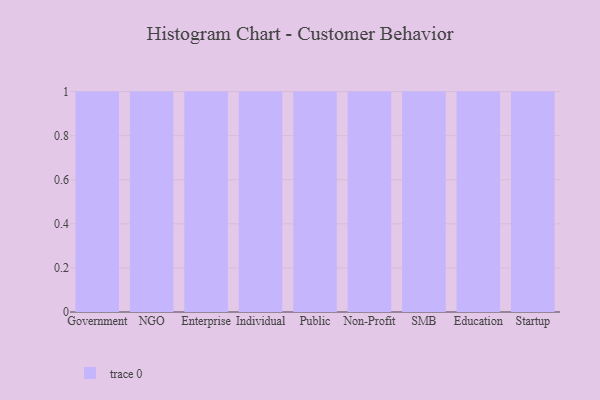
{"axis": {"x": "Segment", "y": "Tickets Resolved"}, "legend": [""], "data": [{"x": "Government", "y": 87, "type": ""}, {"x": "NGO", "y": 75, "type": ""}, {"x": "Enterprise", "y": 19, "type": ""}, {"x": "Individual", "y": 51, "type": ""}, {"x": "Public", "y": 10, "type": ""}, {"x": "Non-Profit", "y": 68, "type": ""}, {"x": "SMB", "y": 87, "type": ""}, {"x": "Education", "y": 78, "type": ""}, {"x": "Startup", "y": 66, "type": ""}]}